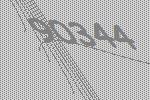
90344